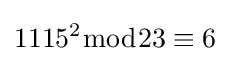
1115^{2}{\bmod {23}}\equiv 6